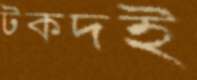
টকদই